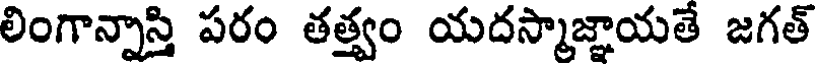
లింగాన్నాస్తి పరం తత్త్వం యదస్మాజ్ఞాయతే జగత్